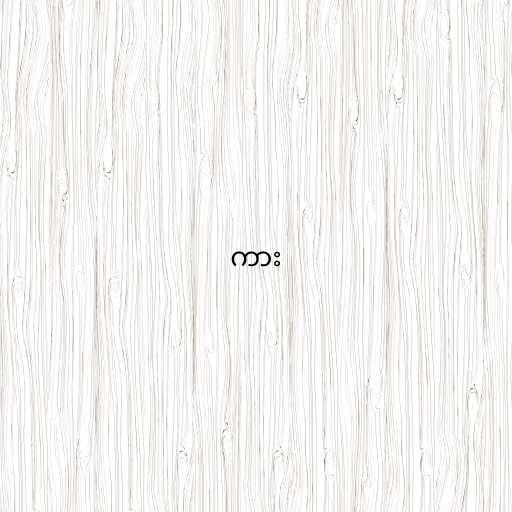
ကား